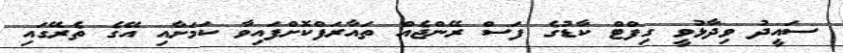
ސައީދު ވިދާޅުވީ ގިފްޓް ކާޑުގެ ފަސް ރޭންޖެއް ތައާރަފްކޮށްފައިވާ ކަމަށާއި އޭގެ ތެރޭގައި